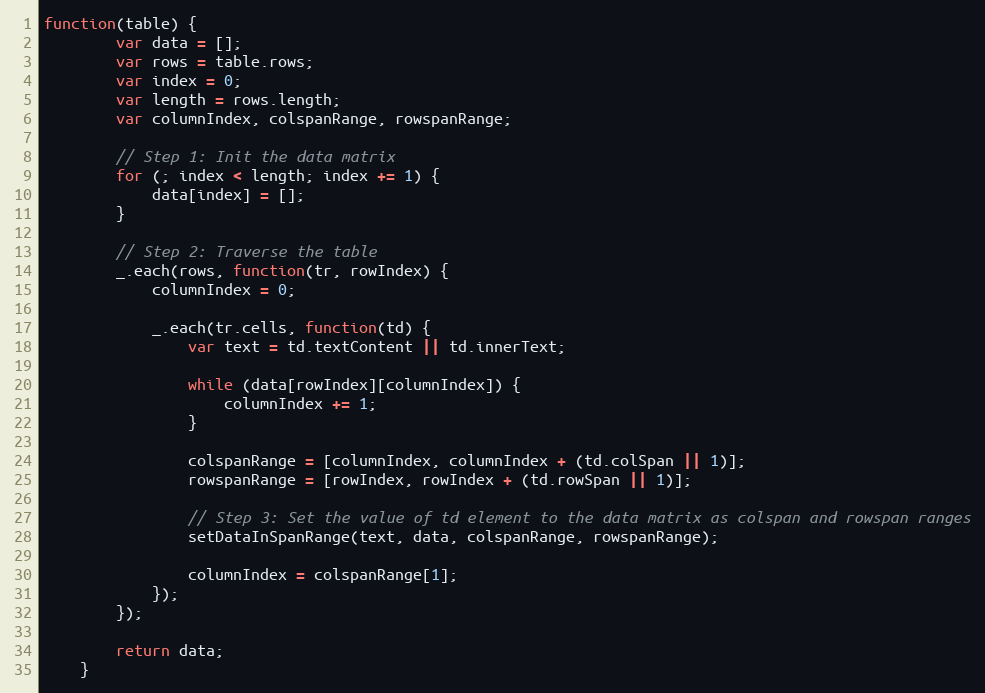
Language: JavaScript
function(table) {
        var data = [];
        var rows = table.rows;
        var index = 0;
        var length = rows.length;
        var columnIndex, colspanRange, rowspanRange;

        // Step 1: Init the data matrix
        for (; index < length; index += 1) {
            data[index] = [];
        }

        // Step 2: Traverse the table
        _.each(rows, function(tr, rowIndex) {
            columnIndex = 0;

            _.each(tr.cells, function(td) {
                var text = td.textContent || td.innerText;

                while (data[rowIndex][columnIndex]) {
                    columnIndex += 1;
                }

                colspanRange = [columnIndex, columnIndex + (td.colSpan || 1)];
                rowspanRange = [rowIndex, rowIndex + (td.rowSpan || 1)];

                // Step 3: Set the value of td element to the data matrix as colspan and rowspan ranges
                setDataInSpanRange(text, data, colspanRange, rowspanRange);

                columnIndex = colspanRange[1];
            });
        });

        return data;
    }